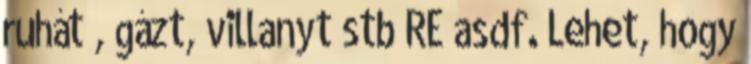
ruhát , gázt, villanyt stb RE asdf. Lehet, hogy